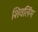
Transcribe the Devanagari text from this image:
शिवलिंंग